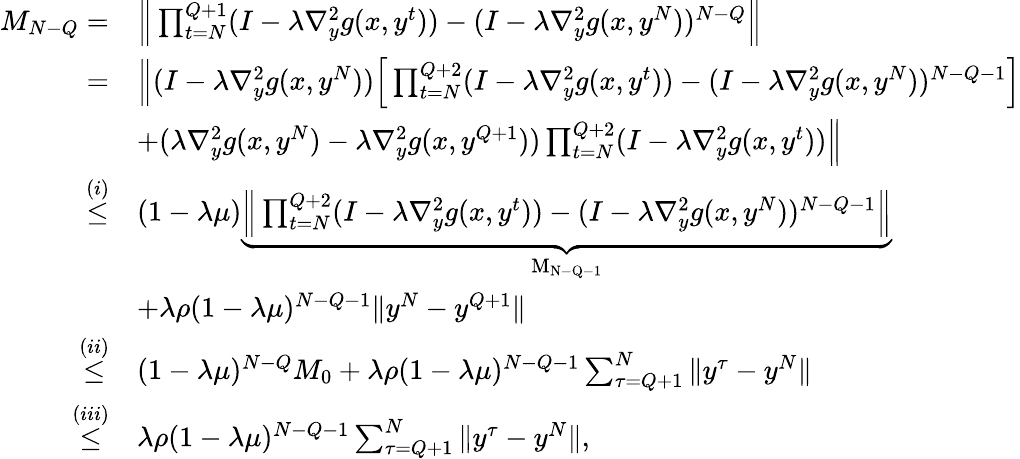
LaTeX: \begin{array}{rl}{M_{N-Q}=}&{\Big\| \prod_{t=N}^{Q+1}(I-\lambda\nabla_{y}^{2}g(x,y^{t}))-(I-\lambda\nabla_{y}^{2}g(x,y^{N}))^{N-Q}\Big\| }\\ {=}&{\Big\| (I-\lambda\nabla_{y}^{2}g(x,y^{N}))\Big[\prod_{t=N}^{Q+2}(I-\lambda\nabla_{y}^{2}g(x,y^{t}))-(I-\lambda\nabla_{y}^{2}g(x,y^{N}))^{N-Q-1}\Big]}\\ &{+(\lambda\nabla_{y}^{2}g(x,y^{N})-\lambda\nabla_{y}^{2}g(x,y^{Q+1}))\prod_{t=N}^{Q+2}(I-\lambda\nabla_{y}^{2}g(x,y^{t}))\Big\| }\\ {\overset{(i)}{\leq}}&{(1-\lambda\mu)\underbrace{\Big\| \prod_{t=N}^{Q+2}(I-\lambda\nabla_{y}^{2}g(x,y^{t}))-(I-\lambda\nabla_{y}^{2}g(x,y^{N}))^{N-Q-1}\Big\| }_{\mathrm{~M_{N-Q-1}~}}}\\ &{+\lambda\rho(1-\lambda\mu)^{N-Q-1}\| y^{N}-y^{Q+1}\| }\\ {\overset{(ii)}{\leq}}&{(1-\lambda\mu)^{N-Q}M_{0}+\lambda\rho(1-\lambda\mu)^{N-Q-1}\sum_{\tau=Q+1}^{N}\| y^{\tau}-y^{N}\| }\\ {\overset{(iii)}{\leq}}&{\lambda\rho(1-\lambda\mu)^{N-Q-1}\sum_{\tau=Q+1}^{N}\| y^{\tau}-y^{N}\| ,}\end{array}